Report on vaccination in Madras 1904-1921 - 1904-1921
Year: 1904
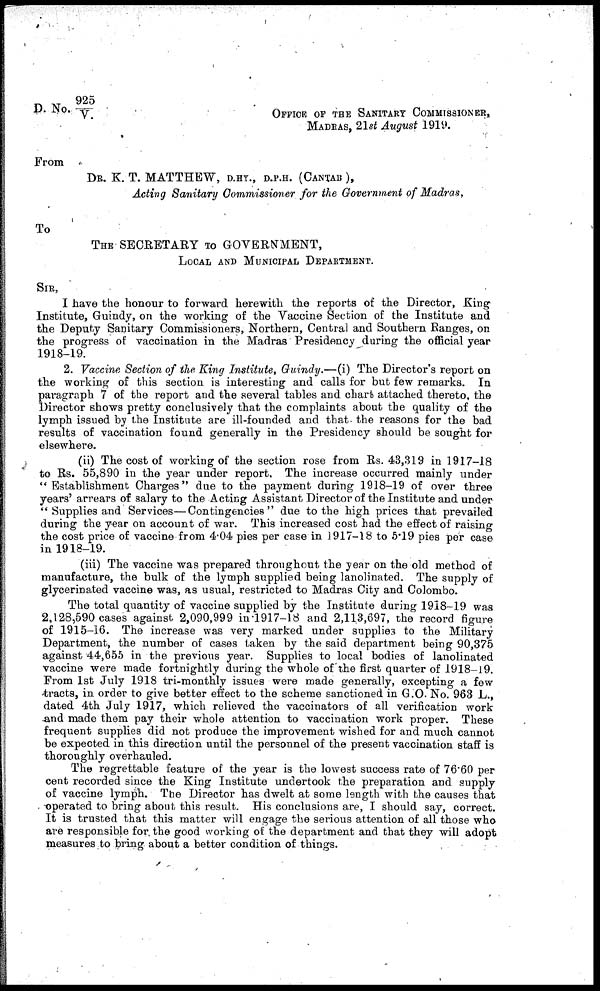
D. No.
925/V
OFFICE OF THE SANITARY COMMISSIONER,
MADRAS, 21st August 1919.
From
DR. K. T. MATTHEW, D.HY., D.P.H. (CANTAB),
Acting Sanitary Commissioner for the Government of Madras,
To
THE SECRETARY TO GOVERNMENT,
LOCAL AND MUNICIPAL DEPARTMENT.
SIR,
I have the honour to forward herewith the reports of the Director, King
Institute, Guindy, on the working of the Vaccine Section of the Institute and
the Deputy Sanitary Commissioners, Northern, Central and Southern Ranges, on
the progress of vaccination in the Madras Presidency during the official year
1918-19.
2. Vaccine Section of the King Institute, Guindy.—(i) The Director's report on
the working of this section is interesting and calls for but few remarks. In
paragraph 7 of the report and the several tables and chart attached thereto, the
Director shows pretty conclusively that the complaints about the quality of the
lymph issued by the Institute are ill-founded and that the reasons for the bad
results of vaccination found generally in the Presidency should be sought for
elsewhere.
(ii) The cost of working of the section rose from Rs. 43,319 in 1917-18
to Rs. 55,890 in the year under report. The increase occurred mainly under
" Establishment Charges" due to the payment during 1918-19 of over three
years' arrears of salary to the Acting Assistant Director of the Institute and under
" Supplies and Services—Contingencies" due to the high prices that prevailed
during the year on account of war. This increased cost had the effect of raising
the cost price of vaccine from 4.04 pies per case in 1917-18 to 5.19 pies per case
in 1918-19.
(iii) The vaccine was prepared throughout the year on the old method of
manufacture, the bulk of the lymph supplied being lanolinated. The supply of
glycerinated vaccine was, as usual, restricted to Madras City and Colombo.
The total quantity of vaccine supplied by the Institute during 1918-19 was
2,128,590 cases against 2,090,999 in 1917-18 and 2,113,697, the record figure
of 1915-16. The increase was very marked under supplies to the Military
Department, the number of cases taken by the said department being 90,375
against 44,655 in the previous year. Supplies to local bodies of lanolinated
vaccine were made fortnightly during the whole of the first quarter of 1918-19.
From 1st July 1918 tri-monthly issues were made generally, excepting a few
tracts, in order to give better effect to the scheme sanctioned in G.O. No. 963 L.,
dated 4th July 1917, which relieved the vaccinators of all verification work
and made them pay their whole attention to vaccination work proper. These
frequent supplies did not produce the improvement wished for and much cannot
be expected in this direction until the personnel of the present vaccination staff is
thoroughly overhauled.
The regrettable feature of the year is the lowest success rate of 76.60 per
cent recorded since the King Institute undertook the preparation and supply
of vaccine lymph. The Director has dwelt at some length with the causes that
operated to bring about this result. His conclusions are, I should say, correct.
It is trusted that this matter will engage the serious attention of all those who
are responsible for the good working of the department and that they will adopt
measures to bring about a better condition of things.